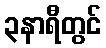
၃နာရီတွင်